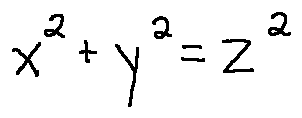
x ^ { 2 } + y ^ { 2 } = z ^ { 2 }